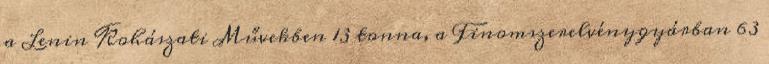
a Lenin Kohászati Művekben 13 tonna, a Finomszerelvénygyárban 63